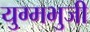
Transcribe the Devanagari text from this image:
युग्मभुजी